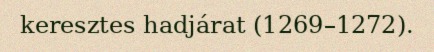
keresztes hadjárat (1269–1272).